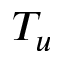
T _ { u }